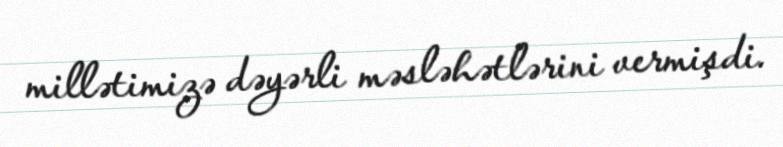
millətimizə dəyərli məsləhətlərini vermişdi.